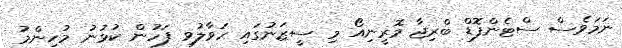
ނަމަވެސް ސްޓެންފޮޑް ބްރިޖާ މޮރީނިއޯ މި ސީޒަނުގައި ހަވާލުވި ފަހުން ކުޅުނު މުހިންމު